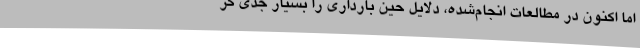
اما اکنون در مطالعات انجام‌شده، دلایل حین بارداری را بسیار جدی گر